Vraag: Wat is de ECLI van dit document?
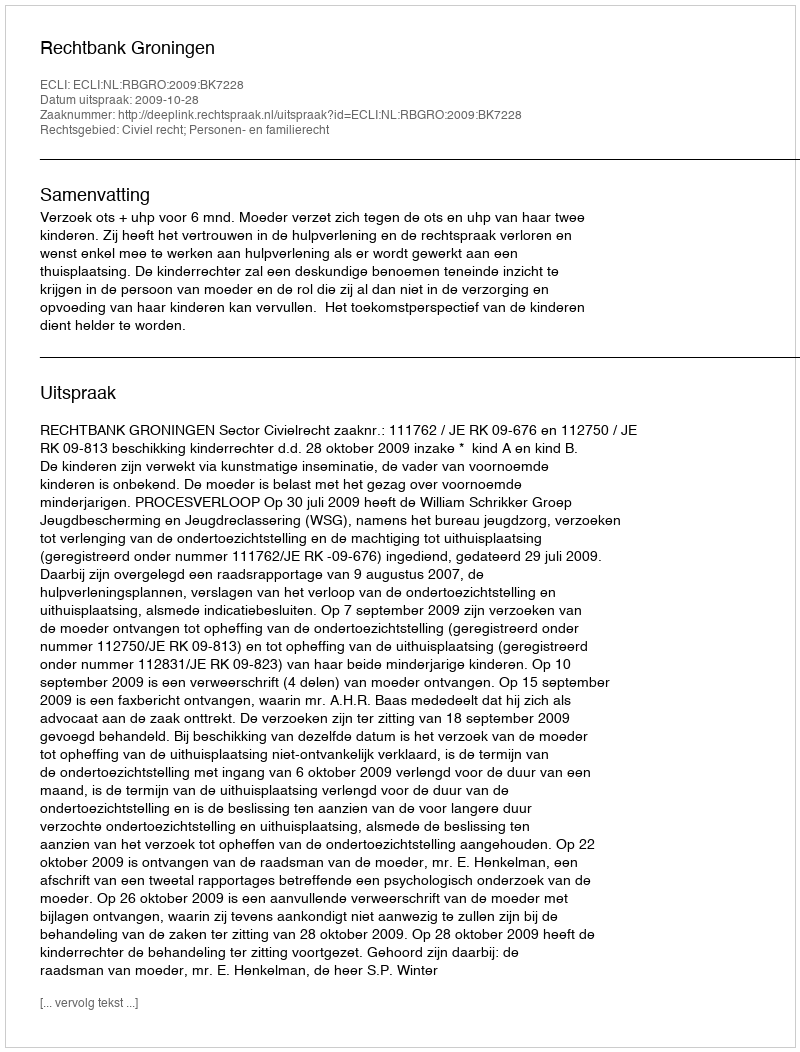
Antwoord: ECLI:NL:RBGRO:2009:BK7228